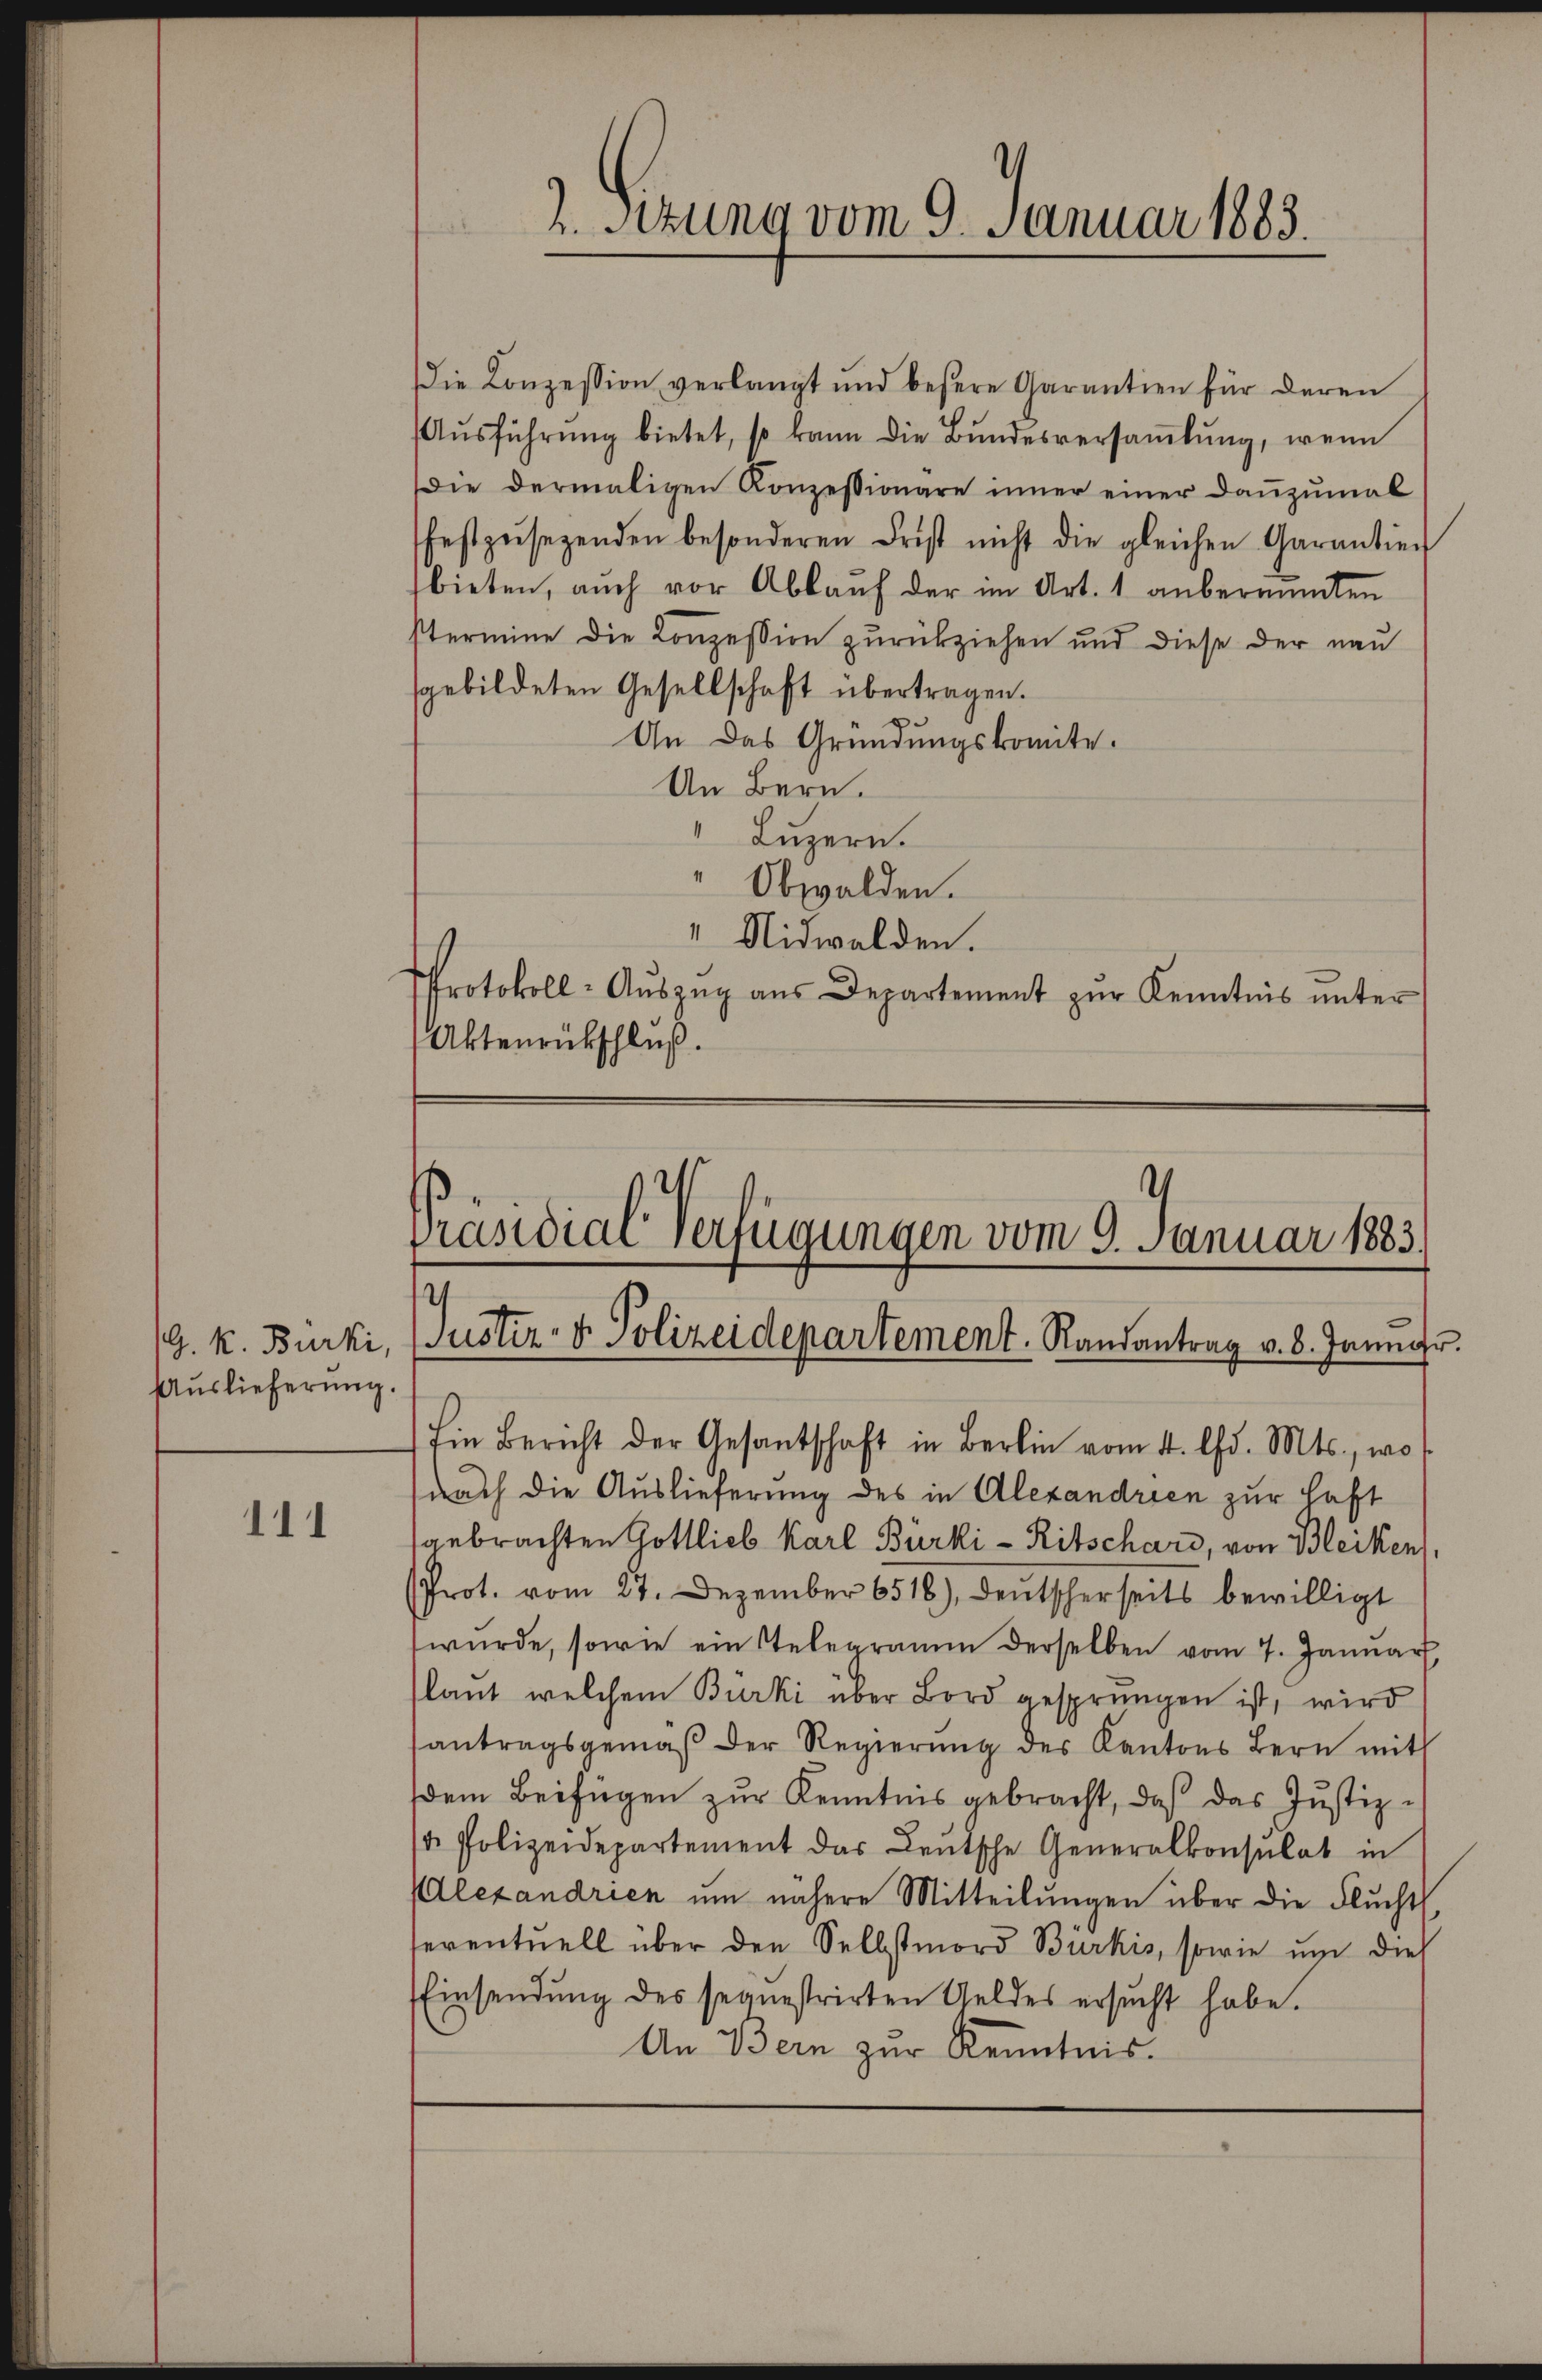
G. k. Burki
Auslieferŭng.

111

2. Sitzung vom 9. Januar 1883.

Die Konzession verlangt und besere Garantien für deren
Aŭsführŭng bietet, so kann die Bundesversaṁlŭng, wenn
Die dermaligen Konzessionare inner einer danzumal
festzŭsezenden besonderen Frist nicht die gleichen Garantier
bieten, auch vor Ablauf der im Art. 1 anberaumten
stermine die Konzession zurückziehen und diese der neu
gebildeten Gesellschaft übertragen.
An das Gründungskomite.
An Bern.
 Luzern.
" Obwalden.
" Nidwalden.
Protokoll- Aŭszŭg aŭs Departement zŭr Kenntnis ŭnter
Aktenrückschluß.

Ein Bericht der Gesantschaft in Berlin vom 4. Chr. Mts., wo
nach die Auslieferung des in Alexandrien zur Haft
gebrachten Gottlieb Karl Burki-Ritschard, von Bleiken,
(Prot. vom 27. Dezember 6518), deutscherseits bewilligt
würde, sowie ein Stelegramm derselben vom 7. Januar
laut welchem Burki über Bord gesprungen ist, wird
antragsgemäβ der Regierŭng des Kantons Bern mit
dem Beifügen zur Kenntnis gebracht, daß das Justiz-
. Polizeidepartement das Lentsche Generalkonsulat in
Alexandrien ŭm nähere Mitteilŭngen über die Flŭcht
seventuell über den Selbstmord Burkis, sowie um dies
Einsendung des sequestrirten Geldes ersucht habe.
An Bern zur Kenntnis.

t
Präsidial Verfügungen vom 9. Januar 1883
Justiz- & Polizeidepartement. Randantrag v. 8. Janngr.